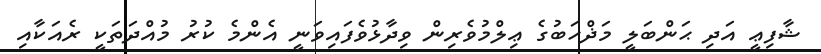
ޝާފިޢީ އަދި ޙަންބަލީ މަޛްހަބުގެ ޢިލްމުވެރިން ވިދާޅުވެފައިވަނީ އެންމެ ކުރު މުއްދަތަކީ ރެއަކާއި